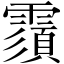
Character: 𩅺